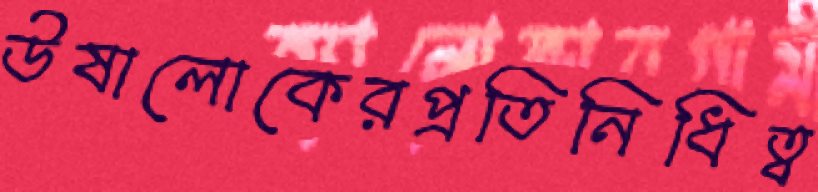
উষালোকেরপ্রতিনিধিত্ব